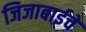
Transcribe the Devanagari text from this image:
जिजाबाईचे